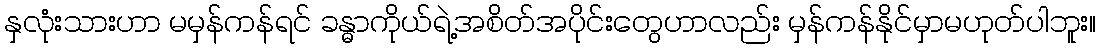
နှလုံးသားဟာ မမှန်ကန်ရင် ခန္ဓာကိုယ်ရဲ့အစိတ်အပိုင်းတွေဟာလည်း မှန်ကန်နိုင်မှာမဟုတ်ပါဘူး။